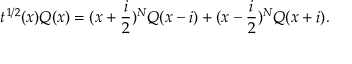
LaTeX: t ^ { 1 / 2 } ( x ) Q ( x ) = ( x + \frac { i } { 2 } ) ^ { N } Q ( x - i ) + ( x - \frac { i } { 2 } ) ^ { N } Q ( x + i ) .